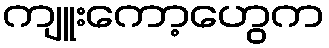
ကျူးကော့ဟွေက